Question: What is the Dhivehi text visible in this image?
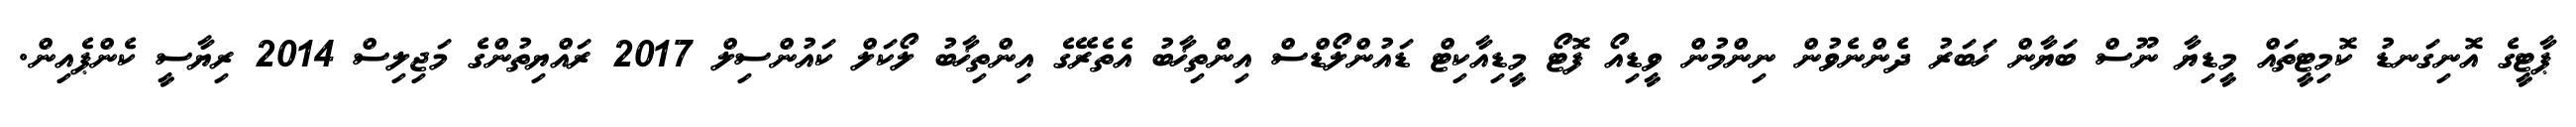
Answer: ޕާޓީގެ އޮނިގަނޑު ކޮމިޓީތައް މީޑިޔާ ނޫސް ބަޔާން ޚަބަރު ދެންނެވުން ނިންމުން ވީޑިއޯ ފޮޓޯ މީޑިއާކިޓް ޑައުންލޯޑްސް އިންތިޚާބު އެތެރޭގެ އިންތިޚާބު ލޯކަލް ކައުންސިލް 2017 ރައްޔިތުންގެ މަޖިލިސް 2014 ރިޔާސީ ކެންޕެއިން.